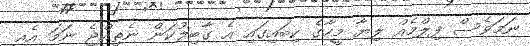
ނަމަވެސް ފިލްމެއް ލިޔާ މީހާގެ ކިބައިގައި އެ ގާބިލުކަން ނެތިއްޖެ ނަމަ އެއީ